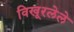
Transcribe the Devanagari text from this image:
विखूरलेले